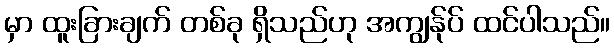
မှာ ထူးခြားချက် တစ်ခု ရှိသည်ဟု အကျွန်ုပ် ထင်ပါသည်။